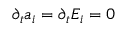
\partial _ { t } a _ { i } = \partial _ { t } E _ { i } = 0